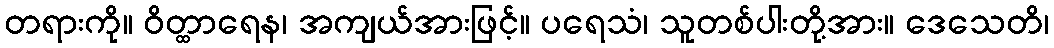
တရားကို။ ဝိတ္ထာရေန၊ အကျယ်အားဖြင့်။ ပရေသံ၊ သူတစ်ပါးတို့အား။ ဒေသေတိ၊